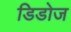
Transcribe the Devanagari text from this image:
डिडोज